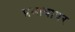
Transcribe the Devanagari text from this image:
प्रभावावर